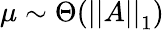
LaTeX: \mu\sim\Theta(\left|\left|A\right|\right|_{1})